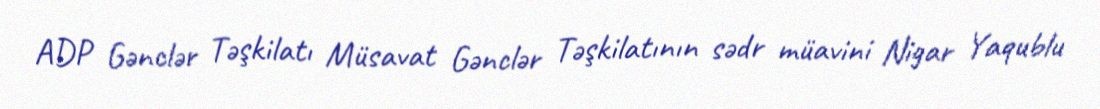
ADP Gənclər Təşkilatı Müsavat Gənclər Təşkilatının sədr müavini Nigar Yaqublu